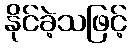
နိုင်ခဲ့သဖြင့်